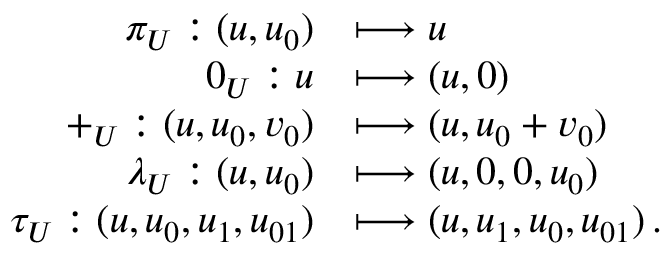
\begin{array} { r l } { { \pi } _ { U } : ( u , u _ { 0 } ) } & { \longmapsto u } \\ { { 0 } _ { U } : u } & { \longmapsto ( u , 0 ) } \\ { { + } _ { U } : ( u , u _ { 0 } , v _ { 0 } ) } & { \longmapsto ( u , u _ { 0 } + v _ { 0 } ) } \\ { { \lambda } _ { U } : ( u , u _ { 0 } ) } & { \longmapsto ( u , 0 , 0 , u _ { 0 } ) } \\ { { \tau } _ { U } : ( u , u _ { 0 } , u _ { 1 } , u _ { 0 1 } ) } & { \longmapsto ( u , u _ { 1 } , u _ { 0 } , u _ { 0 1 } ) \, . } \end{array}